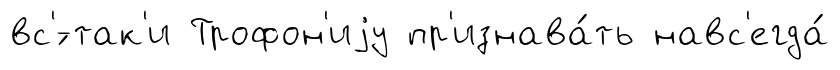
вс'́-так'и Трофон'иjу пр'изнава́ть навс'егда́